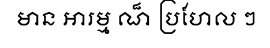
មាន អារម្ម ណ៏ ប្រហែល ៗ